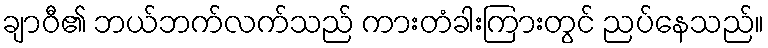
ချာဝီ၏ ဘယ်ဘက်လက်သည် ကားတံခါးကြားတွင် ညပ်နေသည်။